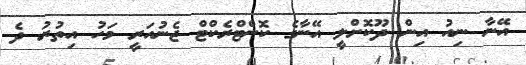
އޭނާ ނިއު އިން ދޫކޮށްލީ އޭނާގެ ކޮންޓްރެކްޓް ޖެނުއަރީ މަހު އިތުރު ދެ